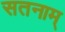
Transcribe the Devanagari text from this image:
सतनाम्